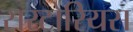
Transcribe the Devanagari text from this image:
सरटोरियस